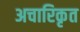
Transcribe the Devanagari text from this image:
अचारिकृत